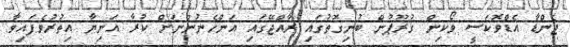
ޖެންޑާ އެޑްވޮކަސީ ވޯކިން ގުރޫޕުން ބުނިގޮތުގައި ރާއްޖޭގައި އަންހެނުންނަށް ކުރާ އަނިޔާ އިތުރުވެފައިވާ